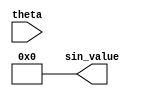
module sine_function (
    input wire [15:0] theta, // Angle input in radians (fixed-point representation)
    output reg [15:0] sin_value // Sine output (fixed-point representation)
);
    // Define constants for fixed-point representation
    parameter PI = 16'h3243; // Approximation of  in fixed-point (16.16 format)
    parameter TWO_PI = 16'h6487; // Approximation of 2 in fixed-point (16.16 format)

    // Taylor series coefficients for sine function
    reg [15:0] coeff[0:4]; // Coefficients for x, x^3/3!, x^5/5!, x^7/7!, x^9/9!
    initial begin
        coeff[0] = 16'h0000; // 0
        coeff[1] = 16'h0001; // 1
        coeff[2] = 16'hFFFE; // -1/6
        coeff[3] = 16'h0000; // 0
        coeff[4] = 16'h0001; // 1/120
    end

    // Function to compute sine using Taylor series
    function [15:0] taylor_sine(input [15:0] x);
        reg [15:0] term;
        reg [15:0] sum;
        integer i;
        begin
            sum = x; // Start with the first term (x)
            term = x; // Initialize term to x

            // Calculate terms of the Taylor series
            for (i = 1; i < 5; i = i + 1) begin
                term = (term * x) >>> 16; // x^n term (shift for fixed-point)
                if (i % 2 == 1) begin
                    sum = sum + (term * coeff[i]) >>> 16; // Add odd terms
                end else begin
                    sum = sum - (term * coeff[i]) >>> 16; // Subtract even terms
                end
            end
            taylor_sine = sum;
        end
    endfunction

    // Normalize the angle to the range [-, ]
    function [15:0] normalize_angle(input [15:0] angle);
        begin
            if (angle > PI) begin
                normalize_angle = angle - TWO_PI;
            end else if (angle < -PI) begin
                normalize_angle = angle + TWO_PI;
            end else begin
                normalize_angle = angle;
            end
        end
    endfunction

    // Main process
    always @(*) begin
        sin_value = taylor_sine(normalize_angle(theta));
    end

endmodule